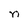
Character: n